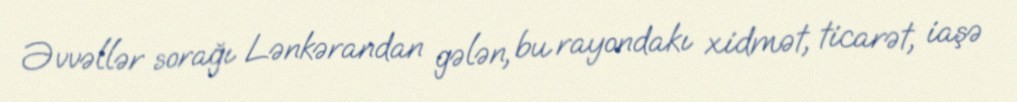
Əvvəllər sorağı Lənkərandan gələn, bu rayondakı xidmət, ticarət, iaşə